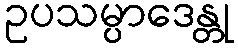
ဥပသမ္ပာဒေန္တု